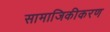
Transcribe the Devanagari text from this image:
सामाजिकीकरण